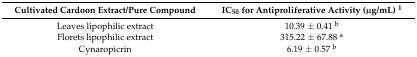
<table><thead><tr><td><b>Cultivated Cardoon Extract/Pure Compound</b></td><td><b>IC<sub>50</sub> for Antiproliferative Activity (μg/mL) <sup>1</sup></b></td></tr></thead><tbody><tr><td>Leaves lipophilic extract</td><td>10.39 ± 0.41 <sup>b</sup></td></tr><tr><td>Florets lipophilic extract</td><td>315.22 ± 67.88 <sup>a</sup></td></tr><tr><td>Cynaropicrin</td><td>6.19 ± 0.57 <sup>b</sup></td></tr></tbody></table>